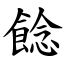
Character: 䭃